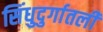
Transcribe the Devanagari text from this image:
सिंधुदुर्गातली